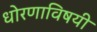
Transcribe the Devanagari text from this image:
धोरणाविषयी